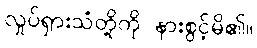
လှုပ်ရှားသံတို့ကို နားစွင့်မိ၏။